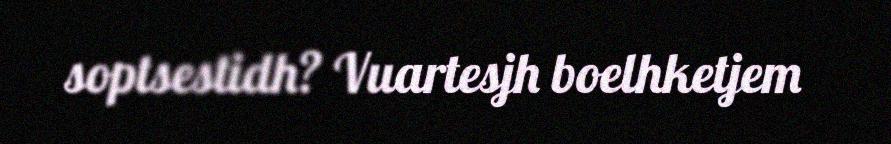
soptsestidh? Vuartesjh boelhketjem